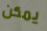
يمكن